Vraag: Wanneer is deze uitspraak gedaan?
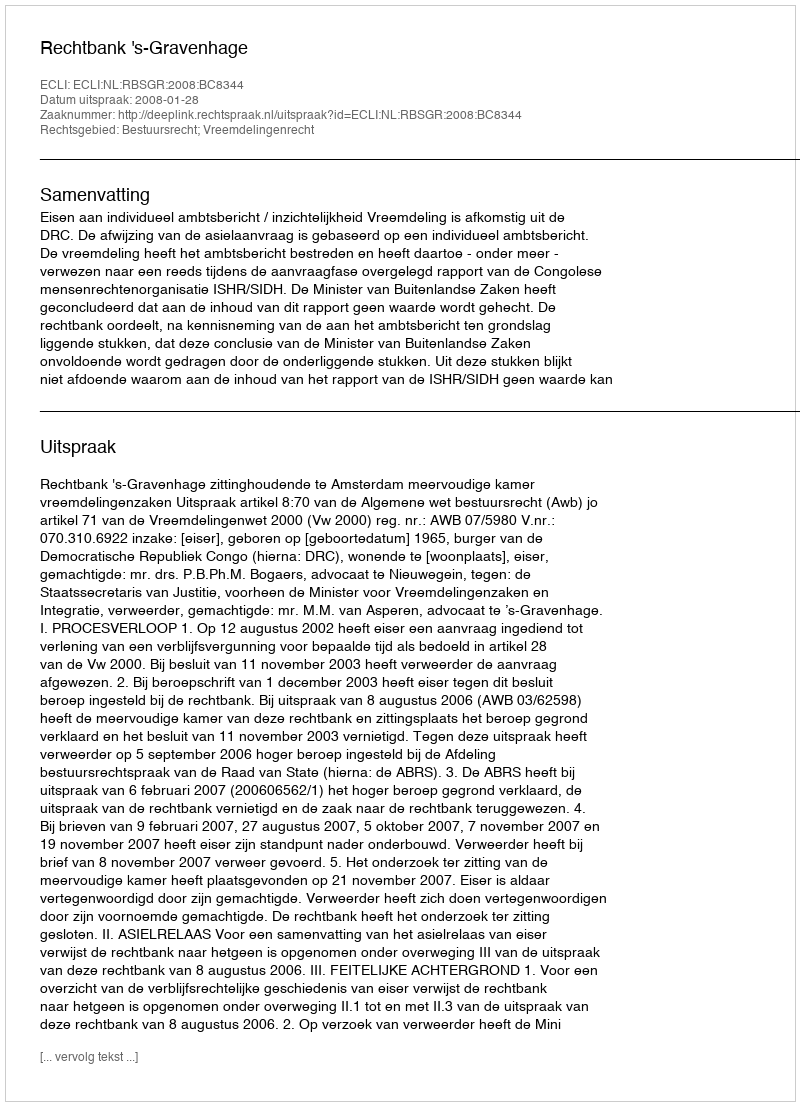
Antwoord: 2008-01-28